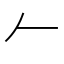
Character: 𠂉